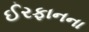
ઈરફાનના